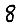
Digit: 8